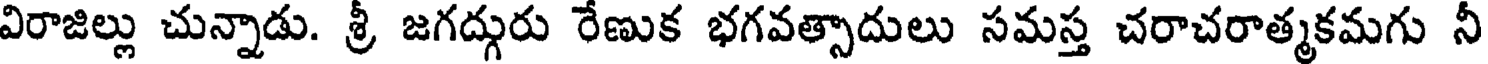
విరాజిల్లు చున్నాడు. శ్రీ జగద్గురు రేణుక భగవత్సాదులు సమస్త చరాచరాత్మకమగు నీ